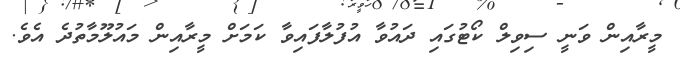
މީރާއިން ވަނީ ސިވިލް ކޯޓުގައި ދައުވާ އުފުލާފައިވާ ކަމަށް މީރާއިން މައުލޫމާތުދެ އެވެ.